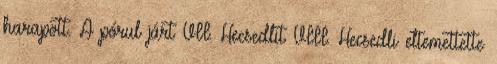
harapott. A pórul járt VII. Hecsedlit VIII. Hecsedli eltemettette